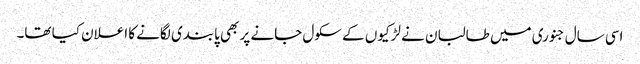
اسی سال جنوری میں طالبان نے لڑکیوں کے سکول جانے پر بھی پابندی لگانے کا اعلان کیا تھا۔